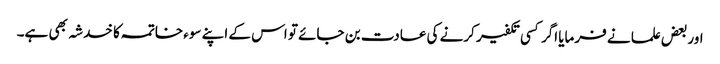
اوربعض علما نے فرمایا اگر کسی تکفیر کرنے کی عادت بن جائے تو اس کے اپنے سوء خاتمہ کا خدشہ بھی ہے۔